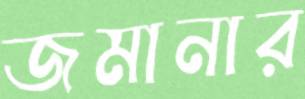
জমানার